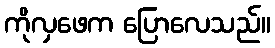
ကိုလှဖေက ပြောလေသည်။